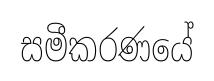
සමීකරණයේ